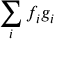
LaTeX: \sum _ { i } f _ { i } g _ { i }